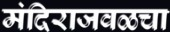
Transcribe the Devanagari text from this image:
मंदिराजवळचा